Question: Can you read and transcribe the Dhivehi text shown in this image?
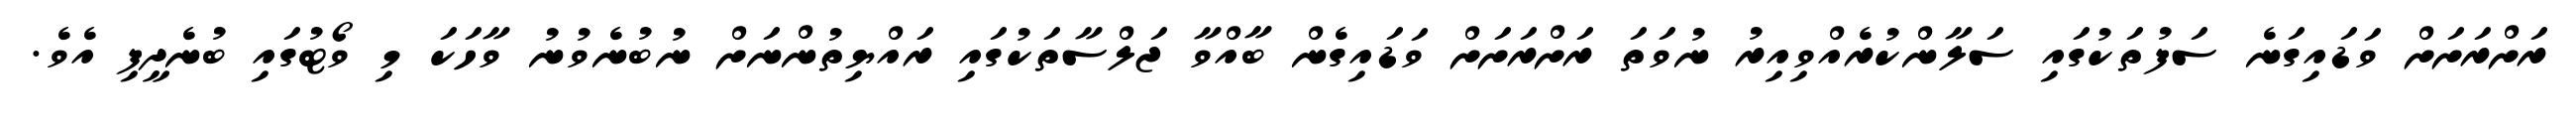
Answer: ރަށްރަށަށް ވަޑައިގަނެ ސަފުތަކުގައި ސަލާންކުރެއްވިއިރު ނުވަތަ ރަށްރަށަށް ވަޑައިގެން ބާއްވާ ޖަލްސާތަކުގައި ރައްޔިތުންނަށް ނުބުނެވުނު ވާހަކަ މި ވޯޓުގައި ބުނެދީފި އެވެ.